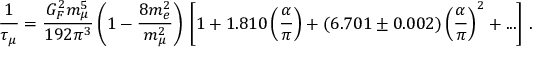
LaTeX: \frac { 1 } { \tau _ { \mu } } = \frac { G _ { F } ^ { 2 } m _ { \mu } ^ { 5 } } { 1 9 2 \pi ^ { 3 } } \left( 1 - \frac { 8 m _ { e } ^ { 2 } } { m _ { \mu } ^ { 2 } } \right) \, \nonumber \left[ 1 + 1 . 8 1 0 \left( \frac { \alpha } { \pi } \right) + ( 6 . 7 0 1 \pm 0 . 0 0 2 ) \left( \frac { \alpha } { \pi } \right) ^ { 2 } + . . . \right] \, .